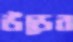
উডের